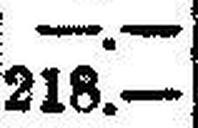
218.—